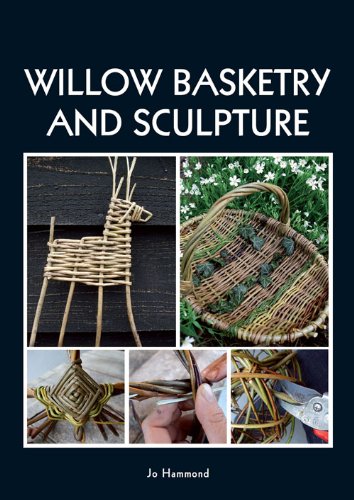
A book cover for Willow Basketry and Sculpture; Jo Hammond; Crafts, Hobbies & Home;